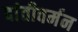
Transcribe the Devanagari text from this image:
दांतीवर्मन